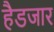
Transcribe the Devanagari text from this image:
हैडजार